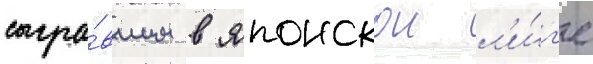
сыгра́вшим в японскои л'и́г'е